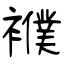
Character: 襥